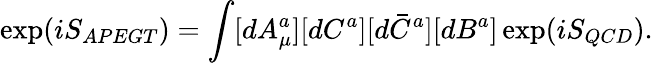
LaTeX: \exp(iS_{APEGT})=\int[dA_{\mu}^{a}][dC^{a}][d\bar{C}^{a}][dB^{a}]\exp(iS_{QCD}).